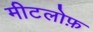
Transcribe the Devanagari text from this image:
मीटलोफ़